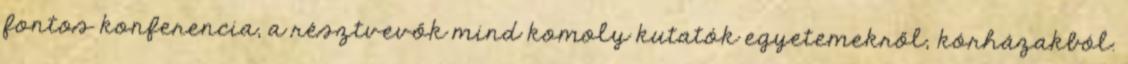
fontos konferencia, a résztvevők mind komoly kutatók egyetemekről, kórházakból.